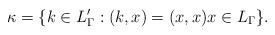
LaTeX: \begin{align*}\kappa = \{k \in L'_\Gamma : (k, x) = (x, x) x \in L_\Gamma\}. \end{align*}